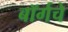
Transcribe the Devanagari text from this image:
बॉर्गचे